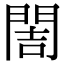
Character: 䦖